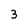
Character: 3